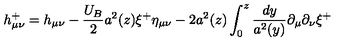
h _ { \mu \nu } ^ { + } = h _ { \mu \nu } - \frac { U _ { B } } { 2 } a ^ { 2 } ( z ) \xi ^ { + } \eta _ { \mu \nu } - 2 a ^ { 2 } ( z ) \int _ { 0 } ^ { z } \frac { d y } { a ^ { 2 } ( y ) } \partial _ { \mu } \partial _ { \nu } \xi ^ { + }